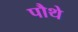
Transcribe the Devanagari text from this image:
पौथे